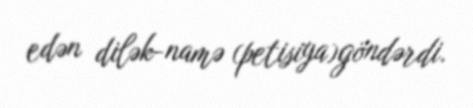
edən dilək-namə (petisiya)göndərdi.